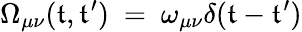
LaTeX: \Omega_{\mu\nu}(\mathfrak{t},\mathfrak{t}^{\prime})~=~\omega_{\mu\nu}\delta(\mathfrak{t}-\mathfrak{t}^{\prime})